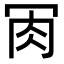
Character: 𦘫